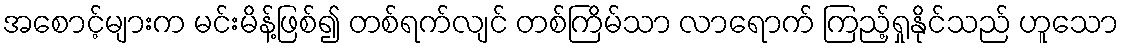
အစောင့်များက မင်းမိန့်ဖြစ်၍ တစ်ရက်လျင် တစ်ကြိမ်သာ လာရောက် ကြည့်ရှုနိုင်သည် ဟူသော